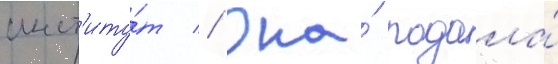
инст'иту́т // Она́ подала́